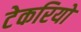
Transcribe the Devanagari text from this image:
टेकरियो